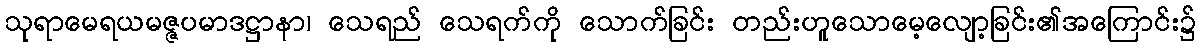
သုရာမေရယမဇ္ဇပမာဒဋ္ဌာနာ၊ သေရည် သေရက်ကို သောက်ခြင်း တည်းဟူသောမေ့လျော့ခြင်း၏အကြောင်း၌